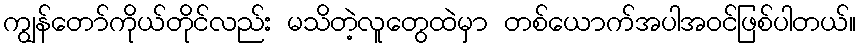
ကျွန်တော်ကိုယ်တိုင်လည်း မသိတဲ့လူတွေထဲမှာ တစ်ယောက်အပါအဝင်ဖြစ်ပါတယ်။